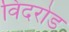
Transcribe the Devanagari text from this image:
विदरोड